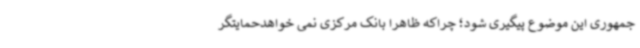
جمهوری این موضوع پیگیری شود؛ چراکه ظاهرا بانک مرکزی نمی خواهدحمایتگر